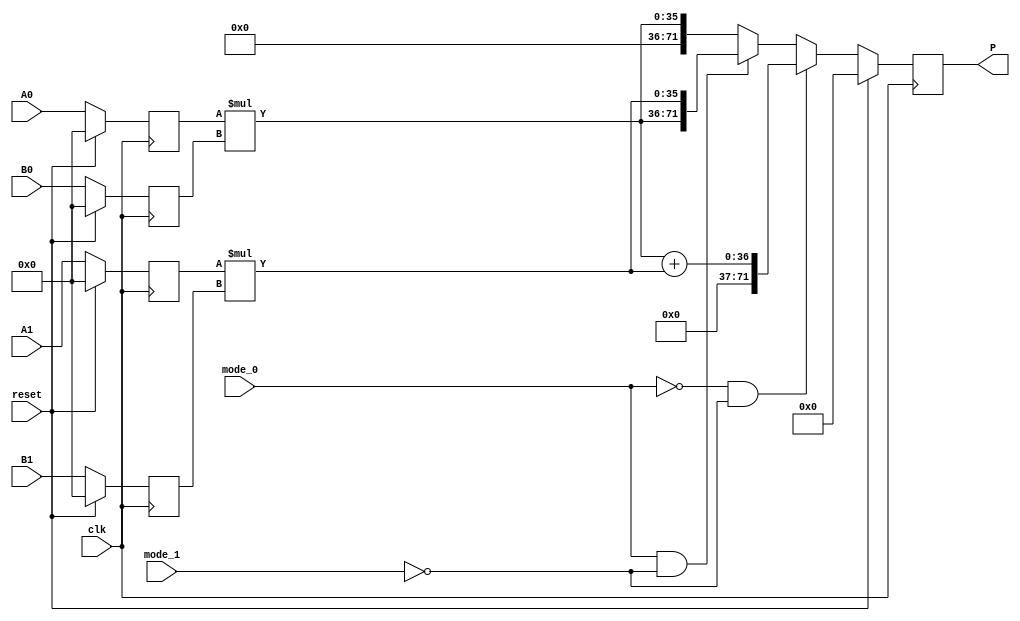
//Two multipliers and adder

module two_multipliers_one_adder(
A0,
A1,
B0,
B1,
clk,
reset,
mode_0,
mode_1,
P
);

input [17:0] A0;
input [17:0] A1;
input [17:0] B0;
input [17:0] B1;
input clk;
input reset;
input mode_0;
input mode_1;
output [71:0] P;


reg [17:0] A0_registered;
reg [17:0] B0_registered;
reg [17:0] A1_registered;
reg [17:0] B1_registered;

wire [35:0] A0xB0;
wire [35:0] A1xB1;
wire [36:0] tempsum;

reg [71:0] moutput;

always @(posedge clk)
if (reset) begin
    A0_registered <= 18'b0;
    A1_registered <= 18'b0;
    B0_registered <= 18'b0;
    B1_registered <= 18'b0;
	moutput <= 72'b0;
	
    end else begin
    A0_registered <= A0;
    A1_registered <= A1;
    B0_registered <= B0;
    B1_registered <= B1;
	if (mode_0 == 1'b0 && mode_1 ==1'b0) begin
	moutput <= {35'd0, tempsum};
	end else if (mode_0 == 1'b1 && mode_1 ==1'b0) begin
	moutput <= {A0xB0, A1xB1};
	end else begin
	moutput <= {36'd0, A0xB0};
	end
end

assign A0xB0 = A0_registered * B0_registered;
assign A1xB1 = A1_registered * B1_registered;
assign P = moutput;
assign tempsum = A0xB0 + A1xB1;

endmodule